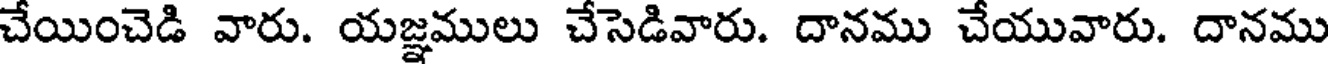
చేయించెడి వారు. యజ్ఞములు చేసెడివారు. దానము చేయువారు. దానము